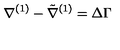
\nabla ^ { ( 1 ) } - \tilde { \nabla } ^ { ( 1 ) } = \Delta \Gamma